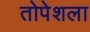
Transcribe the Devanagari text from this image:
तोपेशला